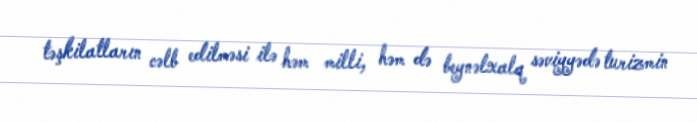
təşkilatların cəlb edilməsi ilə həm milli, həm də beynəlxalq səviyyədə turizmin